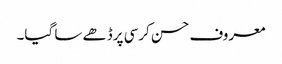
معروف حسن کرسی پرڈھے سا گیا۔